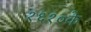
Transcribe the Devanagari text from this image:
१६१०के